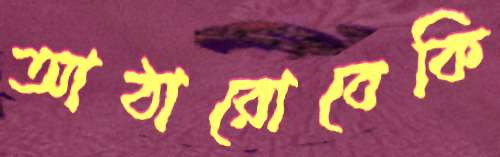
আঠারোবেকি